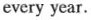
every year.